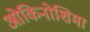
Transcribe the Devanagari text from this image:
ओकिनोशिमा